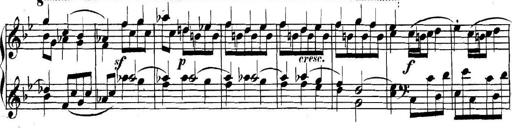
Title: Collected Piano Sonatas
Composer: Muzio Clementi